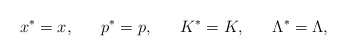
\begin{align*}x^*=x,\ \ \ \ \ p^*=p,\ \ \ \ \ K^*=K,\ \ \ \ \ \Lambda^*=\Lambda,\end{align*}